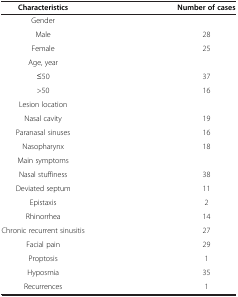
<table><thead><tr><td><b>Characteristics</b></td><td><b>Number of cases</b></td></tr></thead><tbody><tr><td>Gender</td><td>[EMPTY_CELL]</td></tr><tr><td>Male</td><td>28</td></tr><tr><td>Female</td><td>25</td></tr><tr><td>Age, year</td><td>[EMPTY_CELL]</td></tr><tr><td>≤50</td><td>37</td></tr><tr><td>&gt;50</td><td>16</td></tr><tr><td>Lesion location</td><td>[EMPTY_CELL]</td></tr><tr><td>Nasal cavity</td><td>19</td></tr><tr><td>Paranasal sinuses</td><td>16</td></tr><tr><td>Nasopharynx</td><td>18</td></tr><tr><td>Main symptoms</td><td>[EMPTY_CELL]</td></tr><tr><td>Nasal stuffiness</td><td>38</td></tr><tr><td>Deviated septum</td><td>11</td></tr><tr><td>Epistaxis</td><td>2</td></tr><tr><td>Rhinorrhea</td><td>14</td></tr><tr><td>Chronic recurrent sinusitis</td><td>27</td></tr><tr><td>Facial pain</td><td>29</td></tr><tr><td>Proptosis</td><td>1</td></tr><tr><td>Hyposmia</td><td>35</td></tr><tr><td>Recurrences</td><td>1</td></tr></tbody></table>